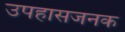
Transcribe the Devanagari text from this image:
उपहासजनक